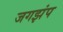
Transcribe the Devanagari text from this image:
जगझंप